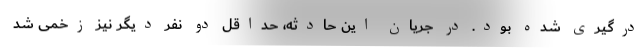
درگیری شده بود. در جریان این حادثه، حداقل دو نفر دیگر نیز زخمی شد